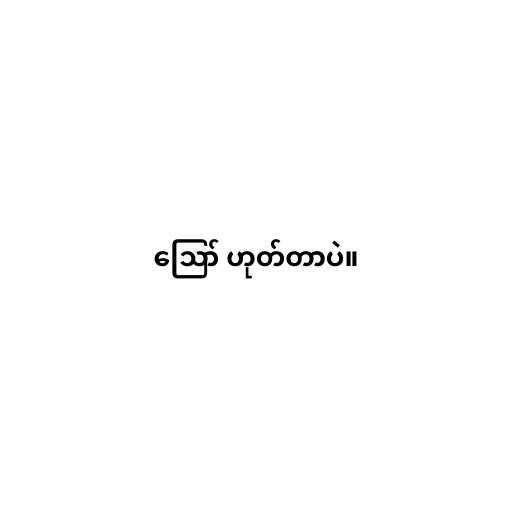
ဪ ဟုတ်တာပဲ။